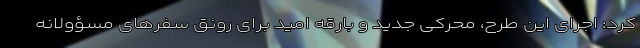
کرد: اجرای این طرح، محرکی جدید و بارقه امید برای رونق سفرهای مسؤولانه